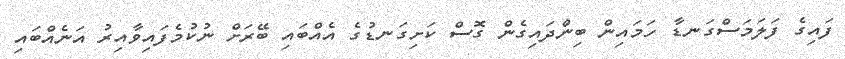
ފައިގެ ފަލަމަސްގަނޑާ ހަމައިން ބިންދައިގެން ގޮސް ކަށިގަނޑުގެ އެއްބައި ބޭރަށް ނުކުމެފައިވާއިރު އަނެއްބައި